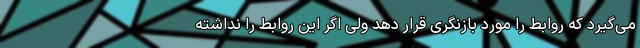
می‌گیرد که روابط را مورد بازنگری قرار دهد ولی اگر این روابط را نداشته